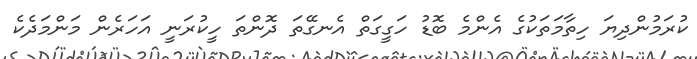
ކުރަމުންދިޔަ ހިތާމަތަކުގެ އެންމެ ބޮޑު ހަގީގަތް އެނގޭތަ ދޮންތަ ހީކުރަނީ އަހަރެން މަންމަދެކެ